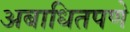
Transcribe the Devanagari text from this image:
अबाधितपणे